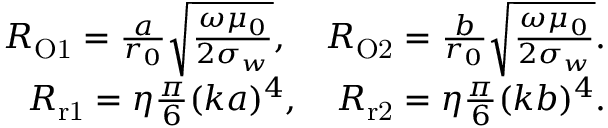
\begin{array} { r } { R _ { \mathrm { O 1 } } = \frac { a } { r _ { 0 } } \sqrt { \frac { \omega \mu _ { 0 } } { 2 \sigma _ { w } } } , \quad R _ { \mathrm { O 2 } } = \frac { b } { r _ { 0 } } \sqrt { \frac { \omega \mu _ { 0 } } { 2 \sigma _ { w } } } . } \\ { R _ { \mathrm { r 1 } } = \eta \frac { \pi } { 6 } ( k a ) ^ { 4 } , \quad R _ { \mathrm { r 2 } } = \eta \frac { \pi } { 6 } ( k b ) ^ { 4 } . } \end{array}